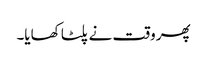
پھر وقت نے پلٹا کھایا۔